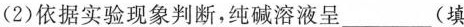
（2）依据实验现象判断，纯碱溶液呈___(填